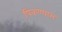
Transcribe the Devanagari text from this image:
पिकण्यास